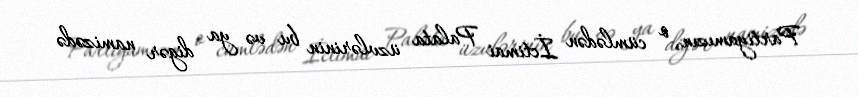
Partiyamızın, o cümlədən İctimai Palata üzvlərinin bu və ya digər namizədə